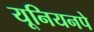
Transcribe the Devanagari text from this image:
यूनियनपे